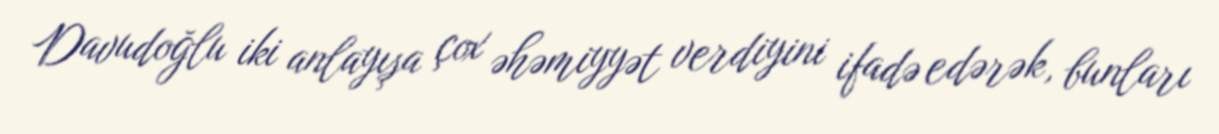
Davudoğlu iki anlayışa çox əhəmiyyət verdiyini ifadə edərək, bunları